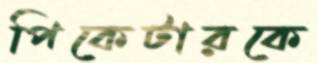
পিকেটারকে